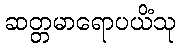
ဆတ္တမာရောပယိံသု